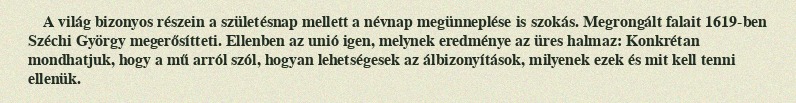
A világ bizonyos részein a születésnap mellett a névnap megünneplése is szokás. Megrongált falait 1619-ben Széchi György megerősítteti. Ellenben az unió igen, melynek eredménye az üres halmaz: Konkrétan mondhatjuk, hogy a mű arról szól, hogyan lehetségesek az álbizonyítások, milyenek ezek és mit kell tenni ellenük.